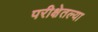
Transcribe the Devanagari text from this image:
परीक्षेतल्या